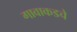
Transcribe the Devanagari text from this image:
गावाकडचे